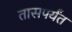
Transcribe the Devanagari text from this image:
तासपर्यंत